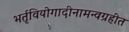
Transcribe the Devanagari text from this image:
भर्तृवियोगादीनामन्वग्रहीत